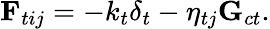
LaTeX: \mathbf{F}_{tij}=-k_{t}\delta_{t}-\eta_{tj}\mathbf{G}_{ct}.